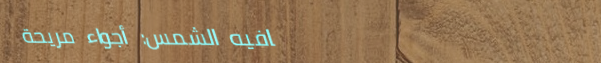
كافيه الشمس: أجواء مريحة